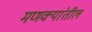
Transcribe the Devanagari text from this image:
मणक्यांतील